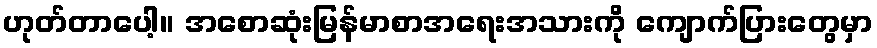
ဟုတ်တာပေါ့။ အစောဆုံးမြန်မာစာအရေးအသားကို ကျောက်ပြားတွေမှာ